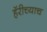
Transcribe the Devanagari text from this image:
हॅरीच्याच